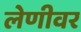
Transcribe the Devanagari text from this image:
लेणीवर